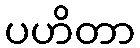
ပဟိတာ